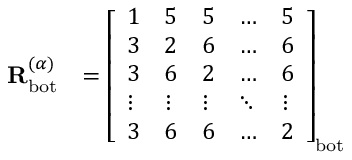
\begin{array} { r l } { \mathbf { R } _ { \mathrm { b o t } } ^ { ( \alpha ) } } & { = \left[ \begin{array} { l l l l l } { 1 } & { 5 } & { 5 } & { \dots } & { 5 } \\ { 3 } & { 2 } & { 6 } & { \dots } & { 6 } \\ { 3 } & { 6 } & { 2 } & { \dots } & { 6 } \\ { \vdots } & { \vdots } & { \vdots } & { \ddots } & { \vdots } \\ { 3 } & { 6 } & { 6 } & { \dots } & { 2 } \end{array} \right] _ { \mathrm { b o t } } } \end{array}